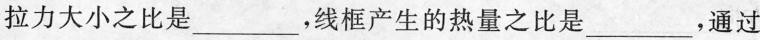
拉力大小之比是___，线框产生的热量之比是____，通过